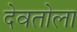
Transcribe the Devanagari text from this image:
देवतोला